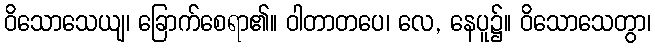
ဝိသောသေယျ၊ ခြောက်စေရာ၏။ ဝါတာတပေ၊ လေ, နေပူ၌။ ဝိသောသေတွာ၊